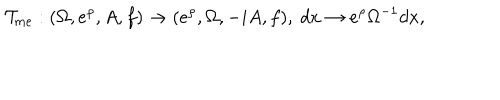
LaTeX: { \cal T } _ { m e } : ( \Omega , e ^ { \rho } , A , f ) \rightarrow ( e ^ { \rho } , \Omega , - i A , f ) , ~ d x \rightarrow e ^ { \rho } \Omega ^ { - 1 } d x ,